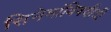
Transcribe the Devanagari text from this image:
सिनेमांविषयीची